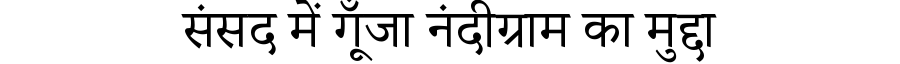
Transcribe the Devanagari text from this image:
संसद में गूँजा नंदीग्राम का मुद्दा